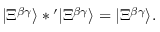
| \Xi ^ { \beta \gamma } \rangle * { } ^ { \prime } | \Xi ^ { \beta \gamma } \rangle = | \Xi ^ { \beta \gamma } \rangle .